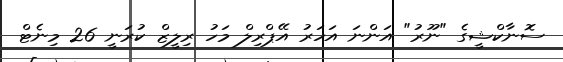
ސޮނާކްޝީގެ "ނޫރު" އަންނަ އަހަރު އޭޕްރިލް މަހު ރިލީޒް ކުރަނީ 26 މިނެޓް